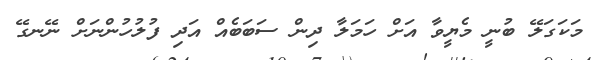
މަކަގަލޭ ބުނީ މެޔީވާ އަށް ހަމަލާ ދިން ސަބަބެއް އަދި ފުލުހުންނަށް ނޭނގޭ